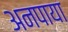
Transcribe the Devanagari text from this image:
अनपाया